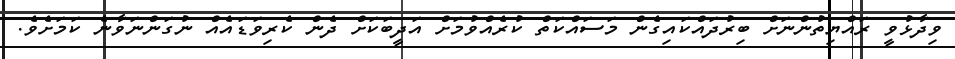
ވިދާޅުވީ ރައްޔިތުންނަށް ބިރުދައްކައިގެން މަސައްކަތް ކުރެއްވުމަށް އަދީބަކަށް ދެން ކެރިވަޑައެއް ނުގަންނަވާނެ ކަމަށެވެ.